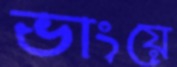
ভাংয়ে